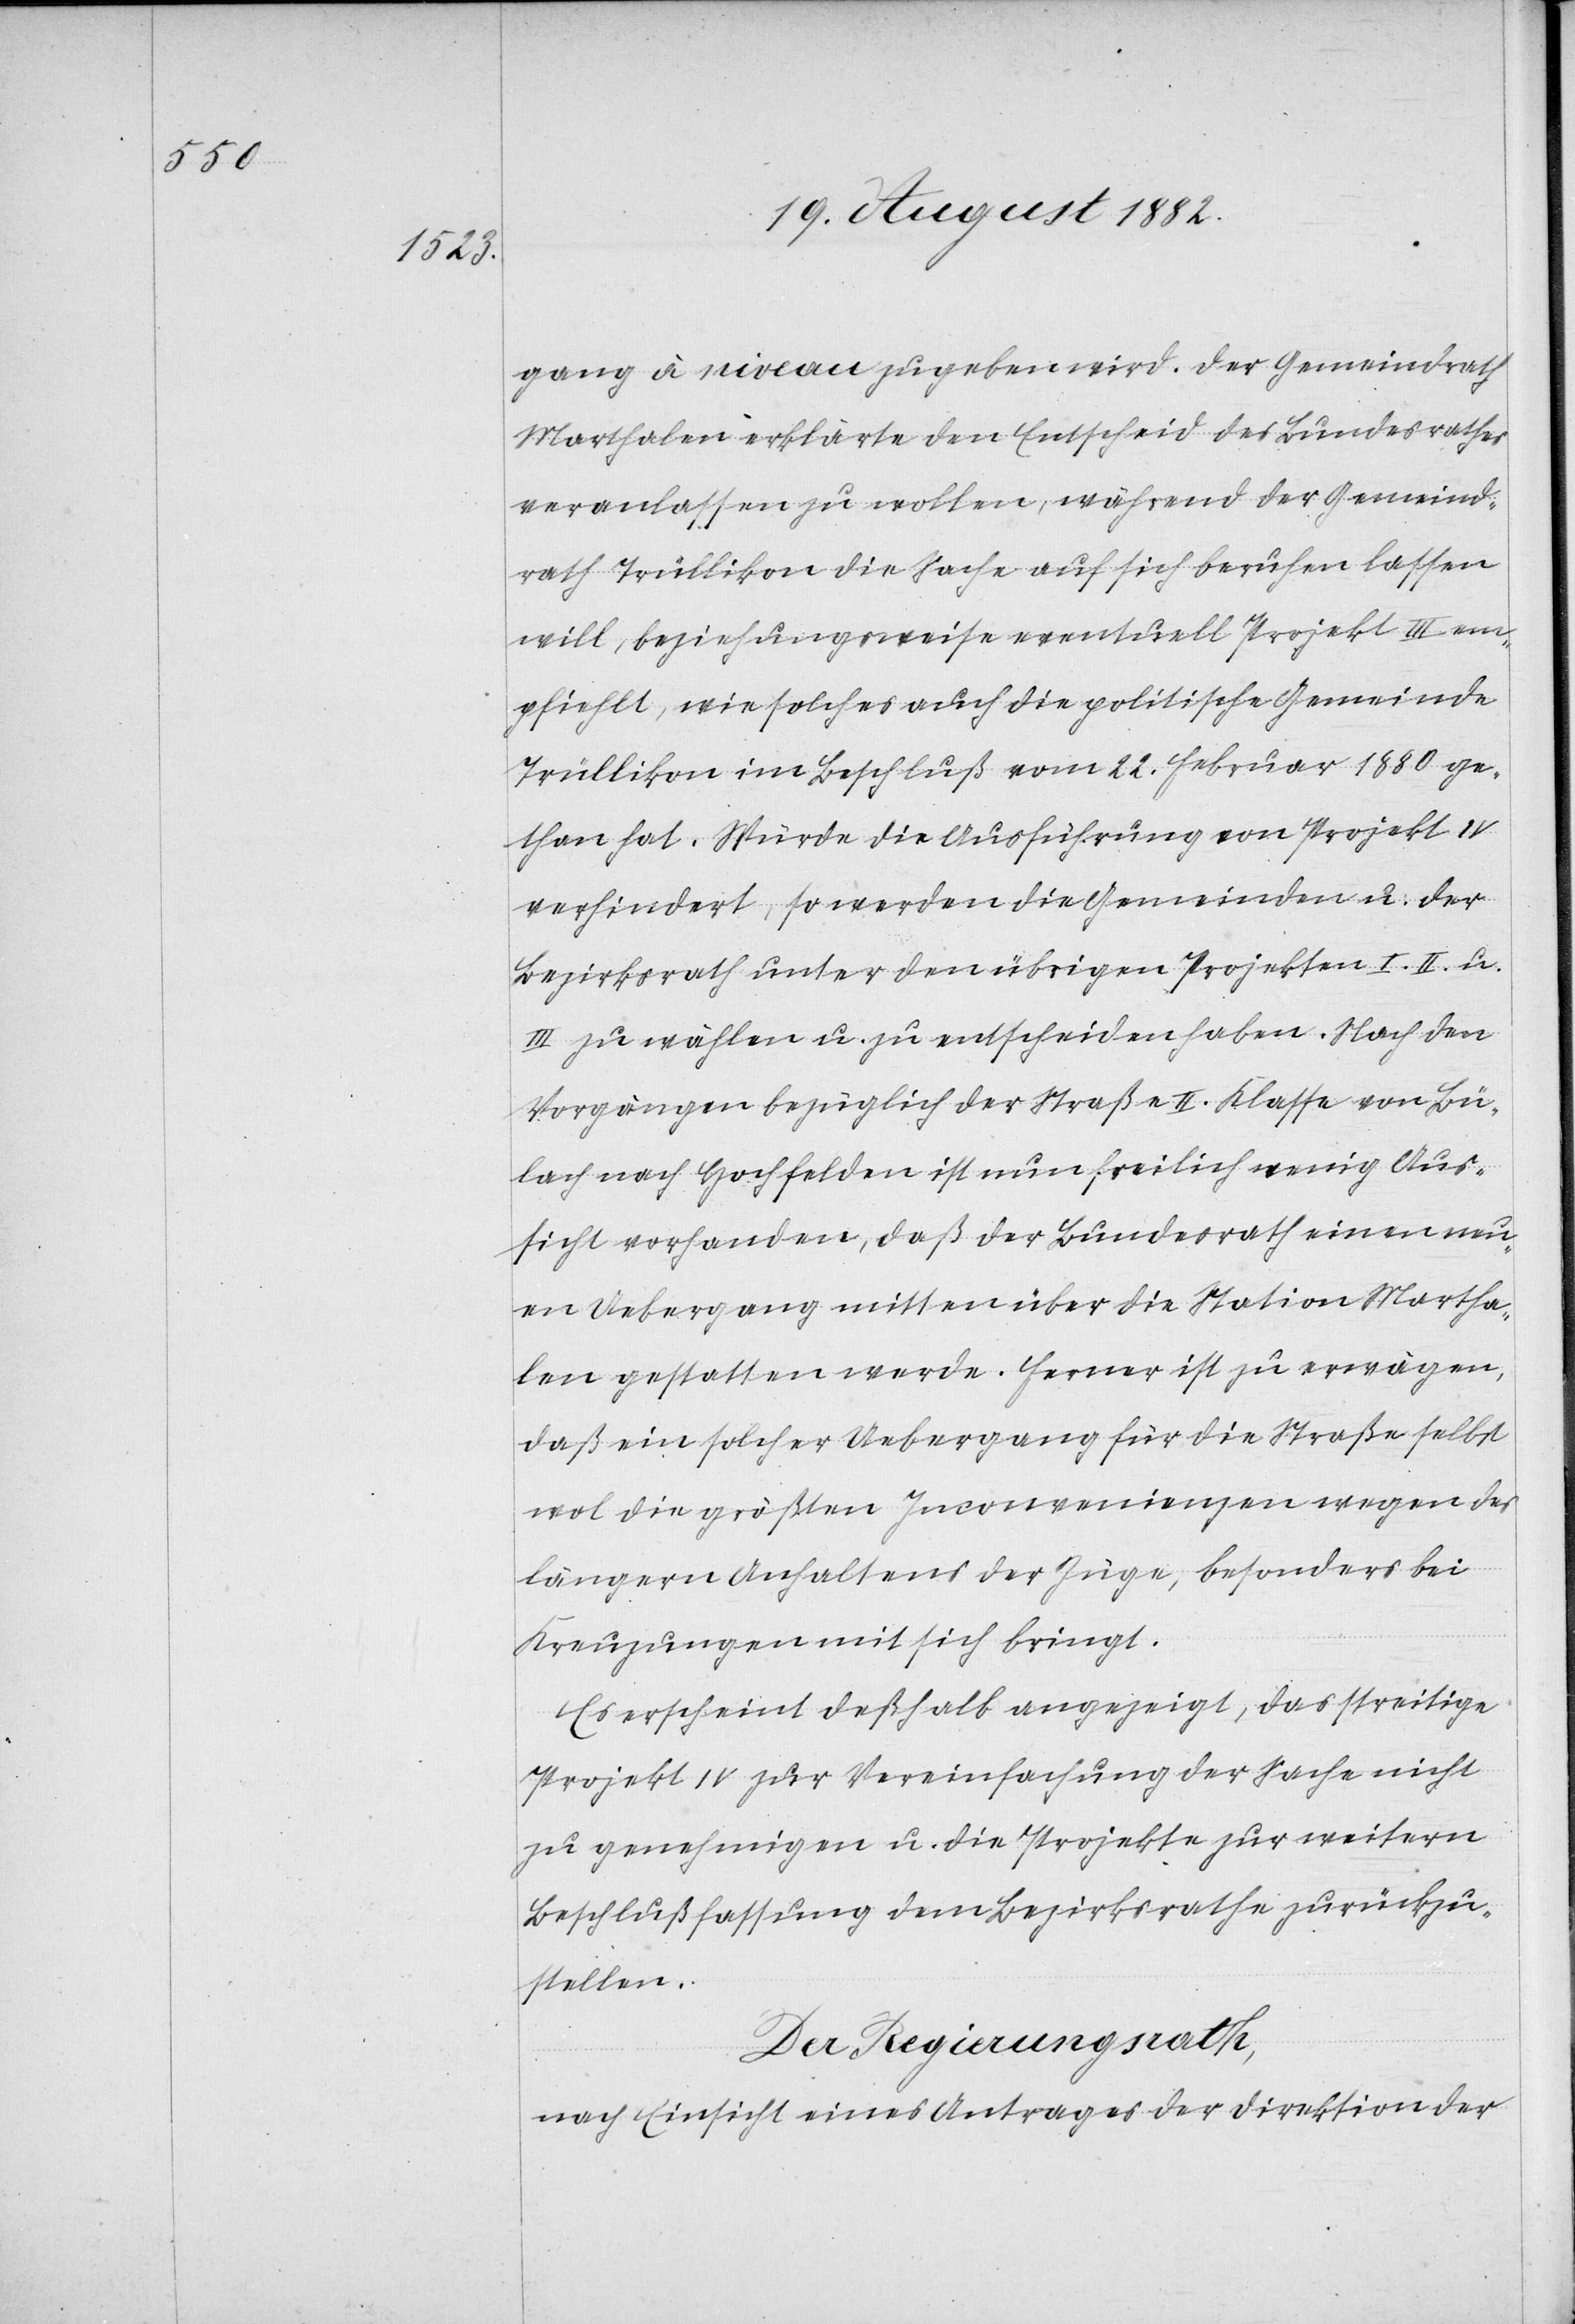
gang à niveau zugeben wird. Der Gemeindrath
Marthalen erklärte den Entscheid des Bundesrathes
veranlassen zu wollen, während der Gemeind¬
rath Trüllikon die Sache auf sich beruhen lassen
will, beziehungsweise eventuell Projekt III em¬
pfiehlt, wie solches auch die politische Gemeinde
Trüllikon im Beschluß vom 22. Februar 1880 ge¬
than hat. Würde die Ausführung von Projekt IV
verhindert, so werden die Gemeinden u. der
Bezirksrath unter den übrigen Projekten I. II. u.
III zu wählen u. zu entscheiden haben. Nach den
Vorgängen bezüglich der Straße II. Klasse von Bü¬
lach nach Hochfelden ist nun freilich wenig Aus¬
sicht vorhanden, daß der Bundesrath einen neu¬
en Uebergang mitten über die Station Martha¬
len gestatten werde. Ferner ist zu erwägen,
daß ein solcher Uebergang für die Straße selbst
wol die größten Inconvenienzen wegen des
längern Anhaltens der Züge, besonders bei
Kreuzungen mit sich bringt.
Es erscheint deßhalb angezeigt, das streitige
Projekt IV zur Vereinfachung der Sache nicht
zu genehmigen u. die Projekte zur weitern
Beschlußfassung dem Bezirksrathe zurückzu¬
stellen.
Der Regierungsrath,
nach Einsicht eines Antrages der Direktion der